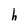
Character: h